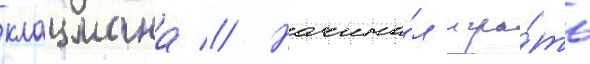
клацмана // Начина́л игра́ть